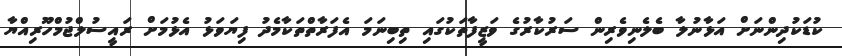
ކުޑަކުދިންނަށް އަޅާނުލާ ބެލެނިވެރިން ސަރުކާރުގެ ވަޒީފާތަކުގައި ތިބިނަމަ އެފަރާތްތަކާމެދު ފިޔަވަޅު އެޅުމަށް ރައީސުލްޖުމްހޫރިއްޔާ